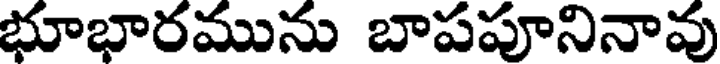
భూభారమును బాపపూనినావు